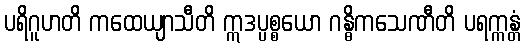
ပရိဂူဟတိ ကထေယျာသီတိ ဣဒပ္ပစ္စယော ဂန္ဓိကသေဏီတိ ပရက္ကန္တံ